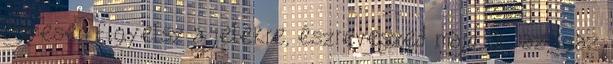
ügyesen figyelsz a jelekre, észreveszed majd őt, az igaz